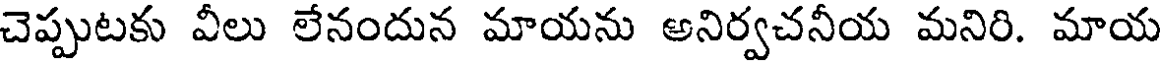
చెప్పుటకు వీలు లేనందున మాయను అనిర్వచనీయ మనిరి. మాయ